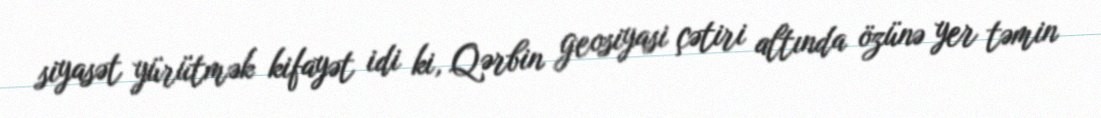
siyasət yürütmək kifayət idi ki, Qərbin geosiyasi çətiri altında özünə yer təmin